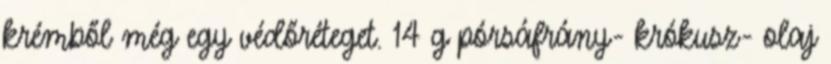
krémből még egy védőréteget. 14 g pórsáfrány- krókusz- olaj